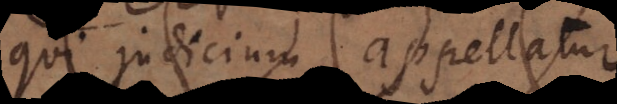
qui judicium appellatur,